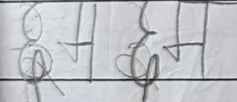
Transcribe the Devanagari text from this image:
छटछट